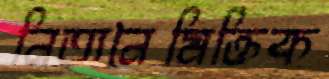
নিত্যনৈমিক্তিক